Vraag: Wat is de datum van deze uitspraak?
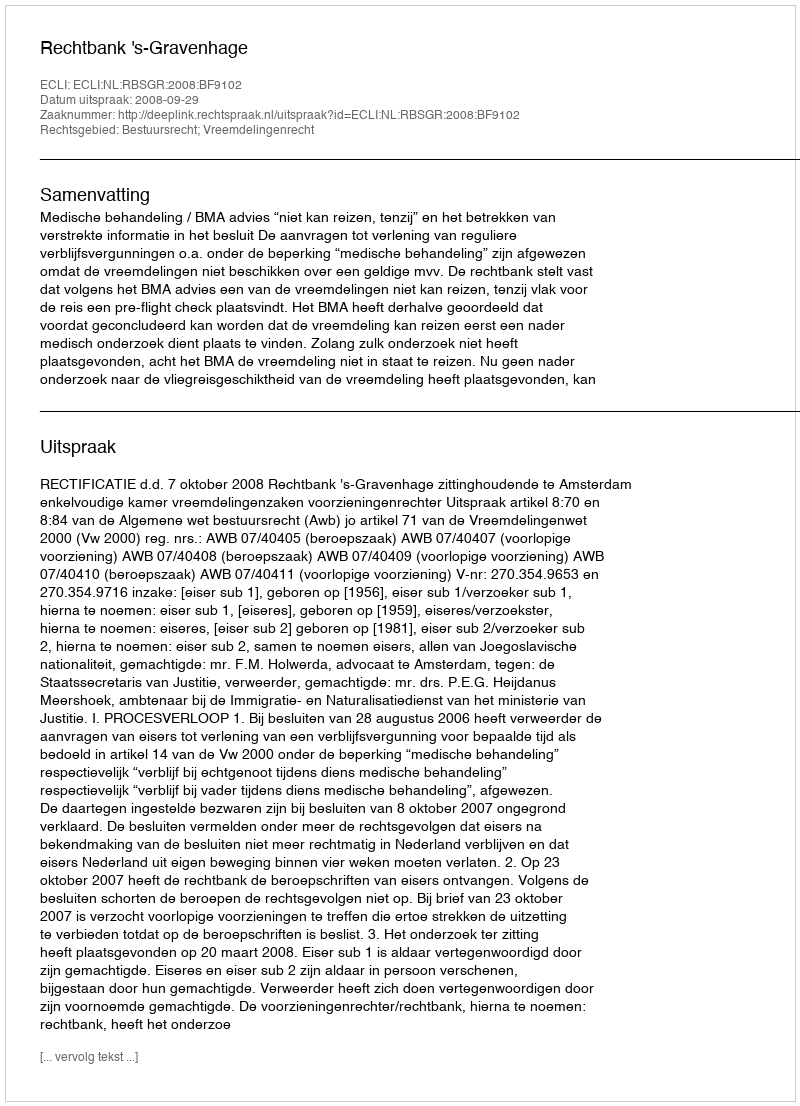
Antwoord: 2008-09-29